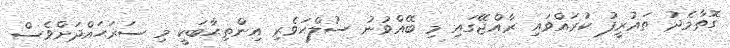
ގޮތާމެދު ތަޢުރީފު ކުރައްވައި ރާއްޖޭގައި މި ބޭއްވުނު ސުލްޙަވެރި އިންތިޙާބަކީ މި ސަރަޙައްދަށްވެސް